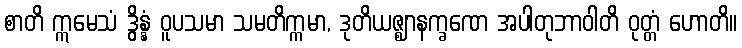
စာတိ ဣမေသံ ဒွိန္နံ ဝူပသမာ သမတိက္ကမာ, ဒုတိယဇ္ဈာနက္ခဏေ အပါတုဘာဝါတိ ဝုတ္တံ ဟောတိ။